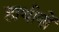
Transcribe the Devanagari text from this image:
हाथीयों